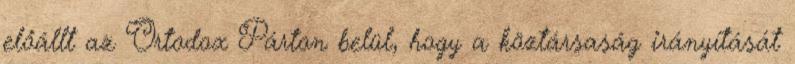
előállt az Ortodox Párton belül, hogy a köztársaság irányítását